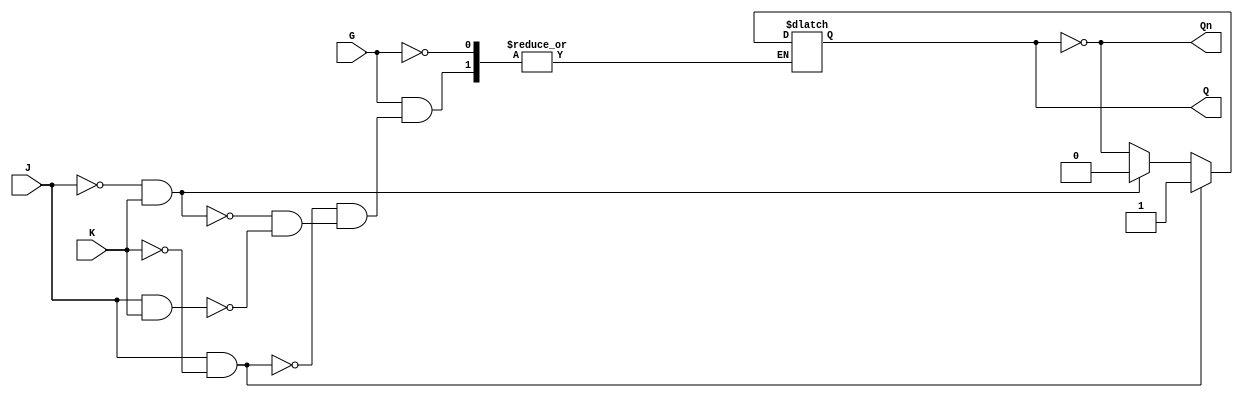
module GatedJKLatch (
    input wire J,      // Set input
    input wire K,      // Reset input
    input wire G,      // Enable input
    output reg Q,      // Primary output
    output wire Qn     // Complementary output
);

    assign Qn = ~Q; // Complementary output

    always @ (J, K, G) begin
        if (G) begin
            if (J && ~K) begin
                Q <= 1; // Set condition
            end
            else if (~J && K) begin
                Q <= 0; // Reset condition
            end
            else if (J && K) begin
                Q <= ~Q; // Toggle condition
            end
            // If J = 0 and K = 0, Q remains unchanged
        end
        // If G is low, Q retains its previous state
    end

endmodule